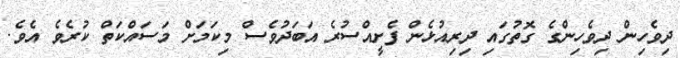
ދިވެހިން ދިވެހިންގެ ގޮތުގައި ދިރިއުޅެން ފެށީއްސުރެ އަބަދުވެސް މިކަމަށް މަސައްކަތް ކުރެވެ އެވެ.